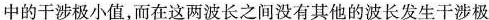
中的干涉极小值，而在这两波长之间没有其他的波长发生干涉极